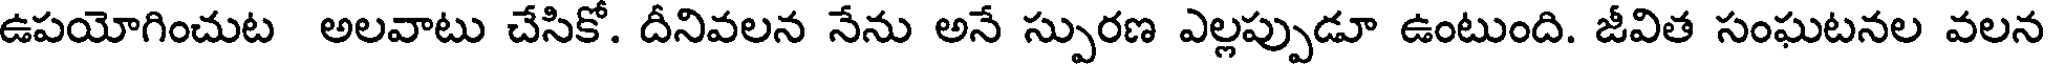
ఉపయోగించుట అలవాటు చేసికో. దీనివలన నేను అనే స్పురణ ఎల్లప్పుడూ ఉంటుంది. జీవిత సంఘటనల వలన